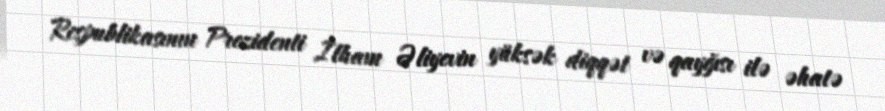
Respublikasının Prezidenti İlham Əliyevin yüksək diqqət və qayğısı ilə əhatə